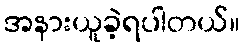
အနားယူခဲ့ရပါတယ်။